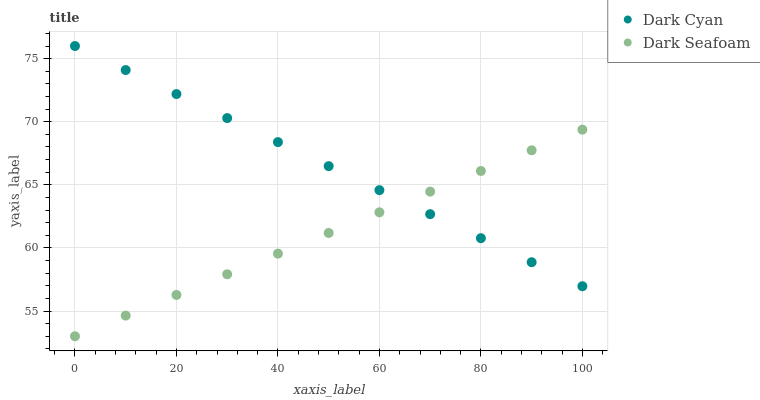
| xaxis_label | Dark Cyan | Dark Seafoam |
 | --- | --- | --- |
 | 0 | 76 | 53 |
 | 10 | 74.1 | 54.6 |
 | 20 | 72.2 | 56.3 |
 | 30 | 70.3 | 57.9 |
 | 40 | 68.4 | 59.5 |
 | 50 | 66.5 | 61.2 |
 | 60 | 64.6 | 62.8 |
 | 70 | 62.7 | 64.5 |
 | 80 | 60.8 | 66.1 |
 | 90 | 58.9 | 67.7 |
 | 100 | 57 | 69.4 |